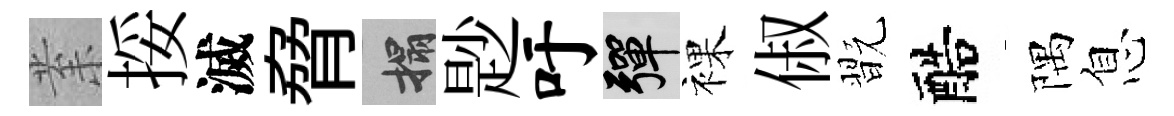
𭪙挼滅脅搨尟吁彈裸俶翫醅隅息